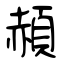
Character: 頳